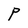
Character: P